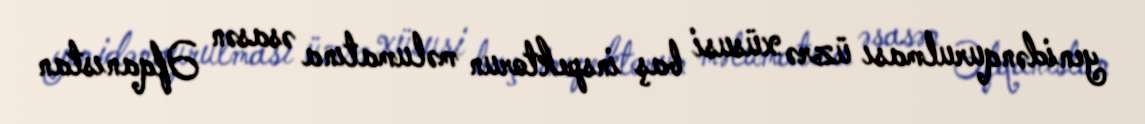
yenidənqurulması üzrə xüsusi baş inspektorun məlumatına əsasən Əfqanıstan